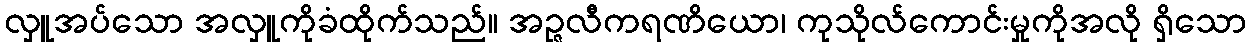
လှူအပ်သော အလှူကိုခံထိုက်သည်။ အဉ္ဇလီကရဏိယော၊ ကုသိုလ်ကောင်းမှုကိုအလို ရှိသော